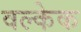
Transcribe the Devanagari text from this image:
वल्केक